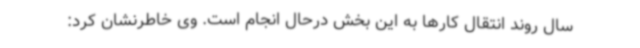
سال روند انتقال کارها به این بخش درحال انجام است. وی خاطرنشان کرد: